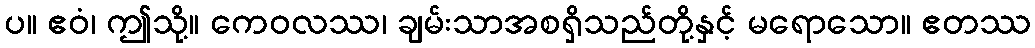
ပ။ ဧဝံ၊ ဤသို့။ ကေဝလဿ၊ ချမ်းသာအစရှိသည်တို့နှင့် မရောသော။ ဧတဿ